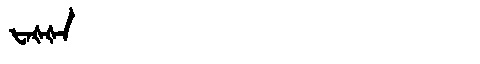
Manchu: ᡶᠠᡧᡧᠠ
Romanization: FAŠŠA